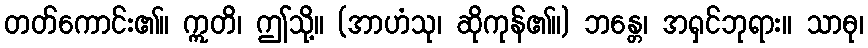
တတ်ကောင်း၏။ ဣတိ၊ ဤသို့။ (အာဟံသု၊ ဆိုကုန်၏။) ဘန္တေ၊ အရှင်ဘုရား။ သာဓု၊